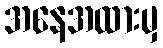
အနေအထားမှ